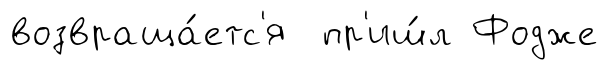
возвраща́етс'я пр'иш́л Фодже